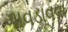
ગાવડાવવા